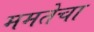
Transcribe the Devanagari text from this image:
ममतेचा